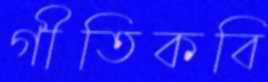
গীতিকবি